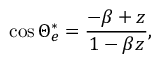
\cos { \Theta _ { e } ^ { \ast } } = \frac { - \beta + z } { 1 - \beta z } ,